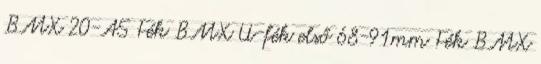
BMX 20-AS Fék BMX U-fék első 68-91mm Fék BMX